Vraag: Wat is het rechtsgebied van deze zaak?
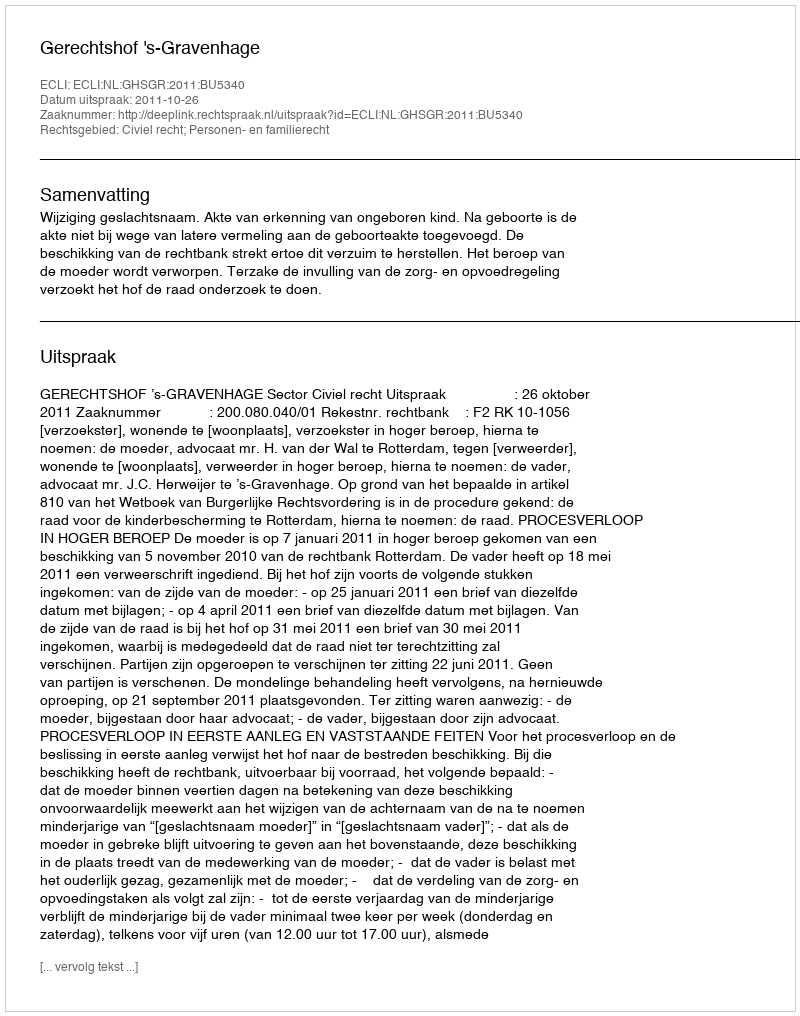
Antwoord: Civiel recht; Personen- en familierecht